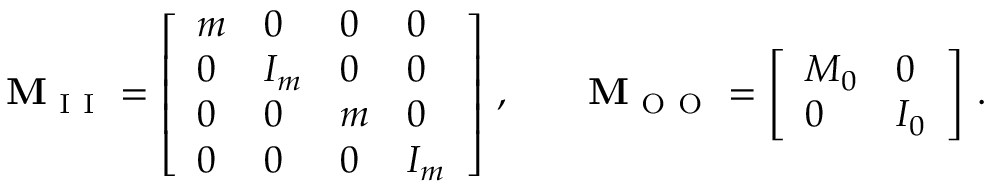
\mathbf { M } _ { \mathrm { ~ I ~ I ~ } } = \left[ \begin{array} { l l l l } { m } & { 0 } & { 0 } & { 0 } \\ { 0 } & { I _ { m } } & { 0 } & { 0 } \\ { 0 } & { 0 } & { m } & { 0 } \\ { 0 } & { 0 } & { 0 } & { I _ { m } } \end{array} \right] \, , \qquad \mathbf { M } _ { \mathrm { ~ O ~ O ~ } } = \left[ \begin{array} { l l } { M _ { 0 } } & { 0 } \\ { 0 } & { I _ { 0 } } \end{array} \right] \, .